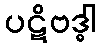
ပဋိဗဒ္ဓါ